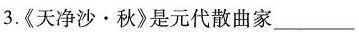
3.《天净沙·秋》是元代散曲家___